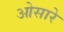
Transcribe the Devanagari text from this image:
ओसारे